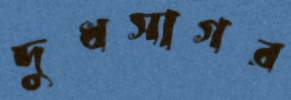
দুধসাগর